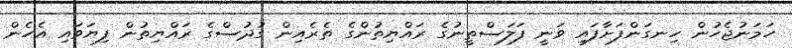
ހަމަނުޖެހުން ހިނގަންފަށާފައި ވަނީ ފަލަސްތީނުގެ ރައްޔިތުންގެ ތެރެއިން ގުދުސްގެ ރައްޔިތުން ފިޔަވައި އެހެން